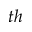
^ { t h }